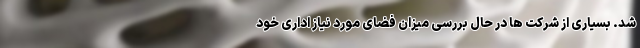
شد. بسیاری از شرکت ها در حال بررسی میزان فضای مورد نیاز اداری خود